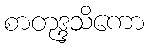
စာတုဒ္ဒသိကော